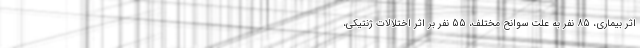
اثر بیماری، 85 نفر به علت سوانح مختلف، 55 نفر بر اثر اختلالات ژنتیکی،